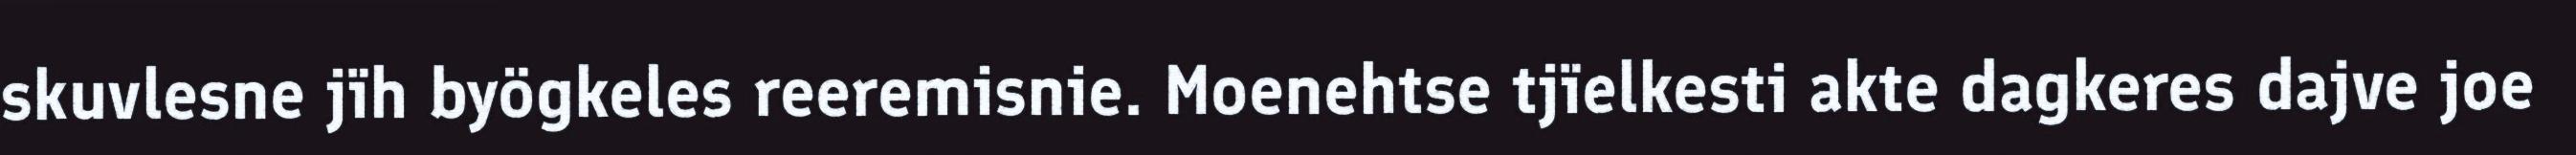
skuvlesne jïh byögkeles reeremisnie. Moenehtse tjïelkesti akte dagkeres dajve joe